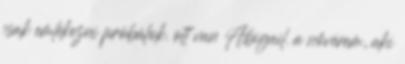
csak emlékezni próbálok. ott van Abigail. a nővérem, aki